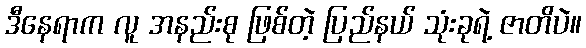
ဒီနေရာက လူ အနည်းစု ဖြစ်တဲ့ ပြည်နယ် သုံးခုရဲ့ ဇာတိပဲ။